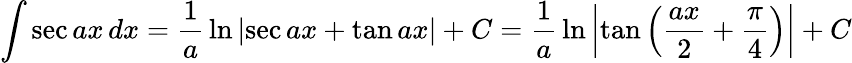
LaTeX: \int\sec{ax}\, dx={\frac{1}{a}}\ln{\left|\sec{ax}+\tan{ax}\right|}+C={\frac{1}{a}}\ln{\left|\tan{\left({\frac{ax}{2}}+{\frac{\pi}{4}}\right)}\right|}+C